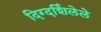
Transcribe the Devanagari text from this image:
दिग्दर्शिलेले